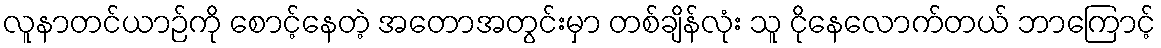
လူနာတင်ယာဉ်ကို စောင့်နေတဲ့ အတောအတွင်းမှာ တစ်ချိန်လုံး သူ ငိုနေလောက်တယ် ဘာကြောင့်